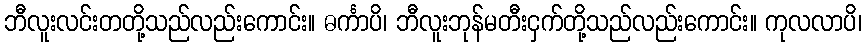
ဘီလူးလင်းတတို့သည်လည်းကောင်း။ ဓင်္ကာပိ၊ ဘီလူးဘုန်မတီးငှက်တို့သည်လည်းကောင်း။ ကုလလာပိ၊